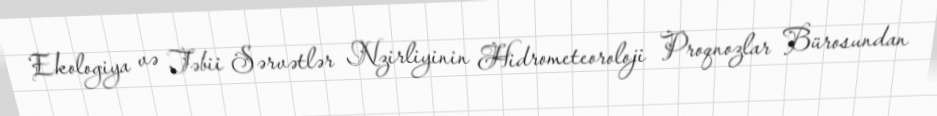
Ekologiya və Təbii Sərvətlər Nzirliyinin Hidrometeoroloji Proqnozlar Bürosundan